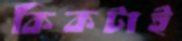
কিকটাই